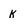
Character: k